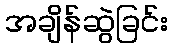
အချိန်ဆွဲခြင်း